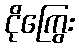
ငိုကြွေး